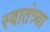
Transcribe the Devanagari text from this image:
स्वातंत्र्या